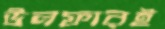
উলফারই